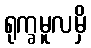
ရုက္ခမူလမှိ